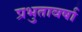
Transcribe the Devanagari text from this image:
प्रभुतावर्षा